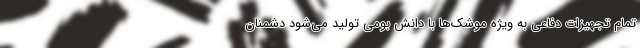
تمام تجهیزات دفاعی به ویژه موشک‌ها با دانش بومی تولید می‌شود دشمنان